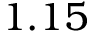
1 . 1 5